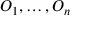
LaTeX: O _ { 1 } , \dots , O _ { n }